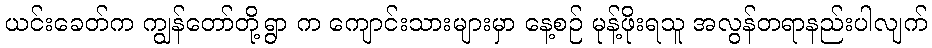
ယင်းခေတ်က ကျွန်တော်တို့ရွာ က ကျောင်းသားများမှာ နေ့စဉ် မုန့်ဖိုးရသူ အလွန်တရာနည်းပါလျက်